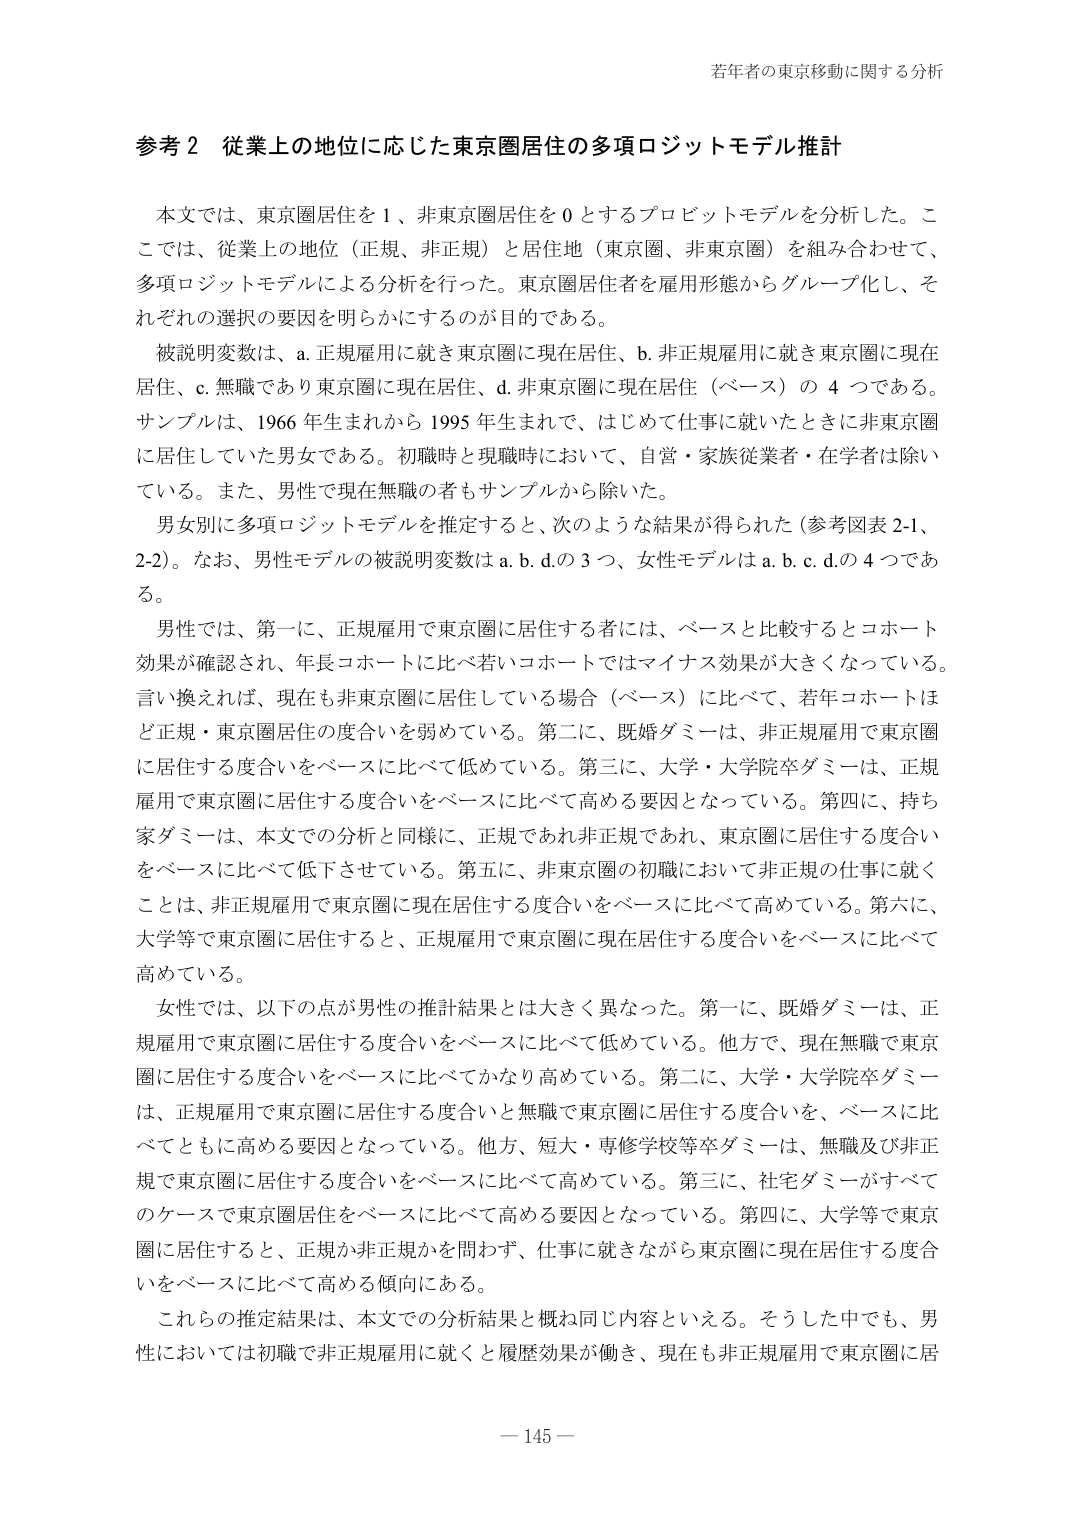
若年者の東京移動に関する分析

参考２ 従業上の地位に応じた東京圏居住の多項ロジットモデル推計

本文では、東京圏居住を１、非東京圏居住を０とするプロビットモデルを分析した。ここでは、従業上の地位（正規、非正規）と居住地（東京圏、非東京圏）を組み合わせて、多項ロジットモデルによる分析を行った。東京圏居住者を雇用形態からグループ化し、それぞれの選択の要因を明らかにするのが目的である。

被説明変数は、a. 正規雇用に就き東京圏に現在居住、b. 非正規雇用に就き東京圏に現在居住、c. 無職であり東京圏に現在居住、d. 非東京圏に現在居住（ベース）の４つである。サンプルは、1966年生まれから1995年生まれで、はじめて仕事に就いたときに非東京圏に居住していた男女である。初職時と現職時において、自営・家族従業者・在学者は除いている。また、男性で現在無職の者もサンプルから除いた。

男女別に多項ロジットモデルを推定すると、次のような結果が得られた（参考図表2-1、2-2）。なお、男性モデルの被説明変数はa.b.d.の3つ、女性モデルはa.b.c.d.の4つである。

男性では、第一に、正規雇用で東京圏に居住する者には、ベースと比較するとコホート効果が確認され、年長コホートに比べ若いコホートではマイナス効果が大きくなっている。言い換えれば、現在も非東京圏に居住している場合（ベース）に比べて、若年コホートほど正規・東京圏居住の度合いを弱めている。第二に、既婚ダミーは、非正規雇用で東京圏に居住する度合いをベースに比べて低めている。第三に、大学・大学院卒ダミーは、正規雇用で東京圏に居住する度合いをベースに比べて高める要因となっている。第四に、持ち家ダミーは、本文での分析と同様に、正規であれ非正規であれ、東京圏に居住する度合いをベースに比べて低下させている。第五に、非東京圏の初職において非正規の仕事に就くことは、非正規雇用で東京圏に現在居住する度合いをベースに比べて高めている。第六に、大学等で東京圏に居住すると、正規雇用で東京圏に現在居住する度合いをベースに比べて高めている。

女性では、以下の点が男性の推計結果とは大きく異なった。第一に、既婚ダミーは、正規雇用で東京圏に居住する度合いをベースに比べて低めている。他方で、現在無職で東京圏に居住する度合いをベースに比べてかなり高めている。第二に、大学・大学院卒ダミーは、正規雇用で東京圏に居住する度合いと無職で東京圏に居住する度合いを、ベースに比べてともに高める要因となっている。他方、短大・専修学校等卒ダミーは、無職及び非正規で東京圏に居住する度合いをベースに比べて高めている。第三に、社宅ダミーがすべてのケースで東京圏居住をベースに比べて高める要因となっている。第四に、大学等で東京圏に居住すると、正規か非正規かを問わず、仕事に就きながら東京圏に現在居住する度合いをベースに比べて高める傾向にある。

これらの推定結果は、本文での分析結果と概ね同じ内容といえる。そうした中でも、男性においては初職で非正規雇用に就くと履歴効果が働き、現在も非正規雇用で東京圏に居

－145－